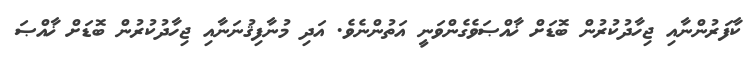
ކާފަރުންނާއި ޖިހާދުކުރުން ބޮޑަށް ޚާއްޞަވެގެންވަނީ އަތުންނެވެ. އަދި މުނާފިޤުނަނާއި ޖިހާދުކުރުން ބޮޑަށް ޚާއްޞަ